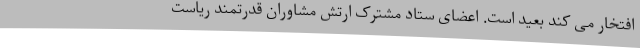
افتخار می کند بعید است. اعضای ستاد مشترک ارتش مشاوران قدرتمند ریاست